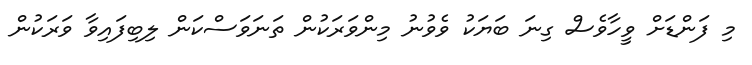
މި ފަންޑަށް ވީހާވެސް ގިނަ ބަޔަކު ވެވުނު މިންވަރަކުން ތަނަވަސްކަން ލިބިފައިވާ ވަރަކުން